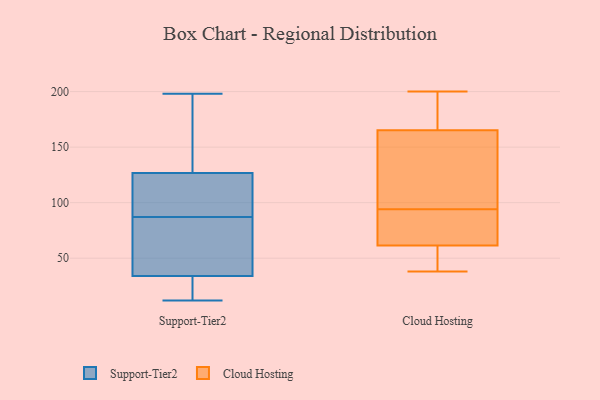
{"axis": {"x": "Gross Profit (USD K)", "y": "Value"}, "legend": ["Cloud Hosting", "Support-Tier2"], "data": [{"x": "", "y": 87, "type": "Support-Tier2"}, {"x": "", "y": 36, "type": "Support-Tier2"}, {"x": "", "y": 171, "type": "Support-Tier2"}, {"x": "", "y": 12, "type": "Support-Tier2"}, {"x": "", "y": 23, "type": "Support-Tier2"}, {"x": "", "y": 113, "type": "Support-Tier2"}, {"x": "", "y": 22, "type": "Support-Tier2"}, {"x": "", "y": 131, "type": "Support-Tier2"}, {"x": "", "y": 198, "type": "Support-Tier2"}, {"x": "", "y": 172, "type": "Support-Tier2"}, {"x": "", "y": 114, "type": "Support-Tier2"}, {"x": "", "y": 39, "type": "Support-Tier2"}, {"x": "", "y": 34, "type": "Support-Tier2"}, {"x": "", "y": 34, "type": "Support-Tier2"}, {"x": "", "y": 73, "type": "Support-Tier2"}, {"x": "", "y": 23, "type": "Support-Tier2"}, {"x": "", "y": 102, "type": "Support-Tier2"}, {"x": "", "y": 98, "type": "Support-Tier2"}, {"x": "", "y": 132, "type": "Support-Tier2"}, {"x": "", "y": 63, "type": "Cloud Hosting"}, {"x": "", "y": 123, "type": "Cloud Hosting"}, {"x": "", "y": 70, "type": "Cloud Hosting"}, {"x": "", "y": 49, "type": "Cloud Hosting"}, {"x": "", "y": 78, "type": "Cloud Hosting"}, {"x": "", "y": 61, "type": "Cloud Hosting"}, {"x": "", "y": 200, "type": "Cloud Hosting"}, {"x": "", "y": 38, "type": "Cloud Hosting"}, {"x": "", "y": 190, "type": "Cloud Hosting"}, {"x": "", "y": 174, "type": "Cloud Hosting"}, {"x": "", "y": 113, "type": "Cloud Hosting"}, {"x": "", "y": 61, "type": "Cloud Hosting"}, {"x": "", "y": 94, "type": "Cloud Hosting"}, {"x": "", "y": 198, "type": "Cloud Hosting"}, {"x": "", "y": 139, "type": "Cloud Hosting"}]}